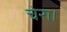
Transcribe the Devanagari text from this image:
चेरा।